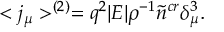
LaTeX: < j _ { \mu } > ^ { ( 2 ) } = q ^ { 2 } | E | \rho ^ { - 1 } \tilde { n } ^ { c r } \delta _ { \mu } ^ { 3 } .